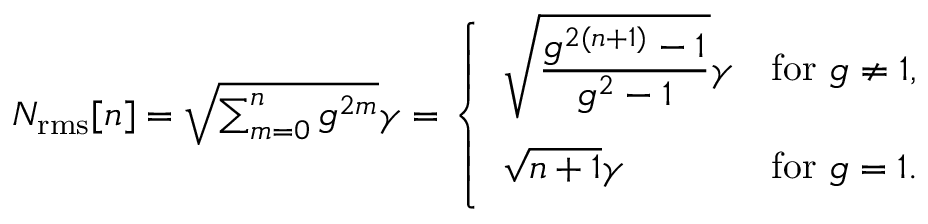
\begin{array} { r } { N _ { \mathrm { r m s } } [ n ] = \sqrt { \sum _ { m = 0 } ^ { n } g ^ { 2 m } } \gamma = \left\{ \begin{array} { l l } { \displaystyle { \sqrt { \frac { g ^ { 2 ( n + 1 ) } - 1 } { g ^ { 2 } - 1 } } \gamma } } & { \mathrm { f o r ~ } g \neq 1 , } \\ { \displaystyle { \vphantom { \Biggl ( } \sqrt { n + 1 } \gamma } } & { \mathrm { f o r ~ } g = 1 . } \end{array} \right. } \end{array}